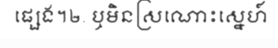
ផ្សេង។២. ឬមិនស្រណោះស្នេហ៍